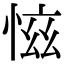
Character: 𢜚